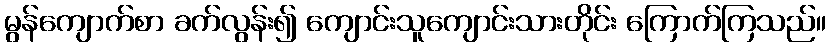
မွန်ကျောက်စာ ခက်လွန်း၍ ကျောင်းသူကျောင်းသားတိုင်း ကြောက်ကြသည်။